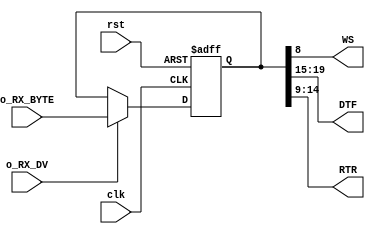
`timescale 1ns / 1ps
//////////////////////////////////////////////////////////////////////////////////
// Company: 
// 
// Design Name: 
// Module Name: Slave_7SD
// Project Name: 
// Target Devices: 
// Tool Versions: 
// Description: 
// 
// Dependencies: 
// 
// Revision:
// Revision 0.01 - File Created
// Additional Comments:
// 
//////////////////////////////////////////////////////////////////////////////////


module Slave_7SD(
input wire clk,rst,
input wire o_RX_DV,
input wire [19:0] o_RX_BYTE,
output wire WS,
output wire [4:0] DTF,
output  wire [5:0] RTR
    );
    reg [19:0] data_reg;
    always@(posedge clk, posedge rst)
    if(rst) data_reg <= 20'd0;
    else if(o_RX_DV) data_reg <= o_RX_BYTE;
    
    //Assegnamo a DTF, RTR, WS i valori corrispondenti in arrivo dall'SPI slave
    assign DTF = data_reg[19:15];
    assign RTR = data_reg[14:9];
    assign WS = data_reg[8];
    
endmodule